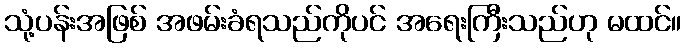
သုံ့ပန်းအဖြစ် အဖမ်းခံရသည်ကိုပင် အရေးကြီးသည်ဟု မထင်။